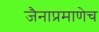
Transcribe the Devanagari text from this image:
जैनाप्रमाणेच